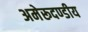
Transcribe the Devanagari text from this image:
अमेरूदण्डीय